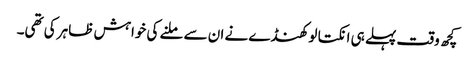
کچھ وقت پہلے ہی انکتا لوکھنڈے نے ان سے ملنے کی خواہش ظاہر کی تھی۔